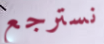
نسترجع